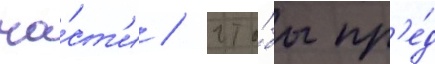
ча́ст'и / что́бы пр'е́д